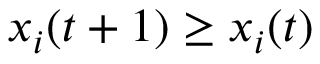
x _ { i } ( t + 1 ) \geq x _ { i } ( t )